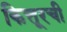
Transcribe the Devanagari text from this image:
कित्तूरची